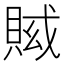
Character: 𧶍